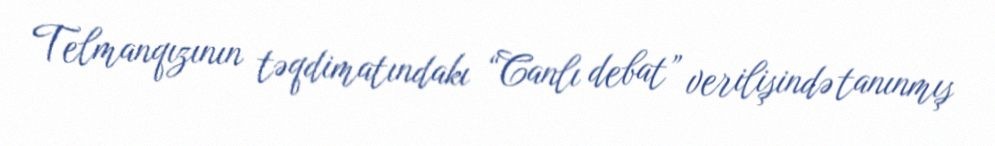
Telmanqızının təqdimatındakı “Canlı debat” verilişində tanınmış